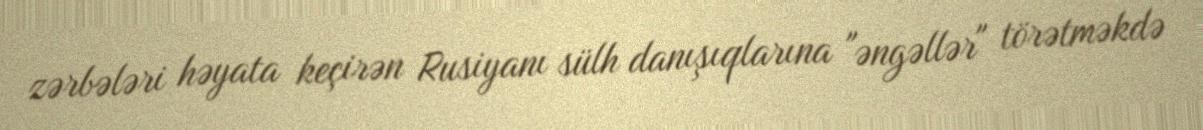
zərbələri həyata keçirən Rusiyanı sülh danışıqlarına "əngəllər" törətməkdə